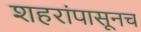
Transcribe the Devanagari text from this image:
शहरांपासूनच